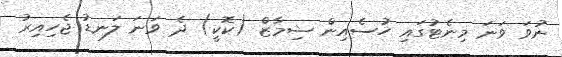
ނުވަ ވަނަ މިނެޓުގައި ހުސެއިން ޝިމާޒް (ކޮކީ) ދެ ވަނަ ލަނޑު ޖެހިއިރު